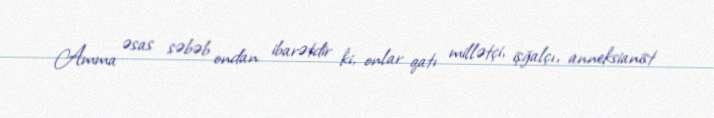
Amma əsas səbəb ondan ibarətdir ki, onlar qatı millətçi, işğalçı, anneksianist